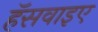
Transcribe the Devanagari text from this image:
हॅसवाइए